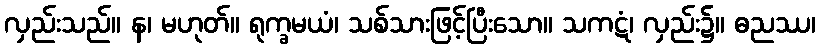
လှည်းသည်။ န၊ မဟုတ်။ ရုက္ခမယံ၊ သစ်သားဖြင့်ပြီးသော။ သကဋံ၊ လှည်း၌။ ဓညဿ၊